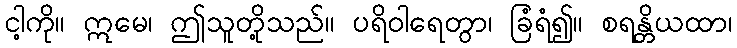
ငါ့ကို။ ဣမေ၊ ဤသူတို့သည်။ ပရိဝါရေတွာ၊ ခြံရံ၍။ စရန္တိယထာ၊